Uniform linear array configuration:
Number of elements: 24
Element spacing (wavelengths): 0.5
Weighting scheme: hamming
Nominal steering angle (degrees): -30
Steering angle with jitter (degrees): -28.512
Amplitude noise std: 0.05
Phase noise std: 0.05

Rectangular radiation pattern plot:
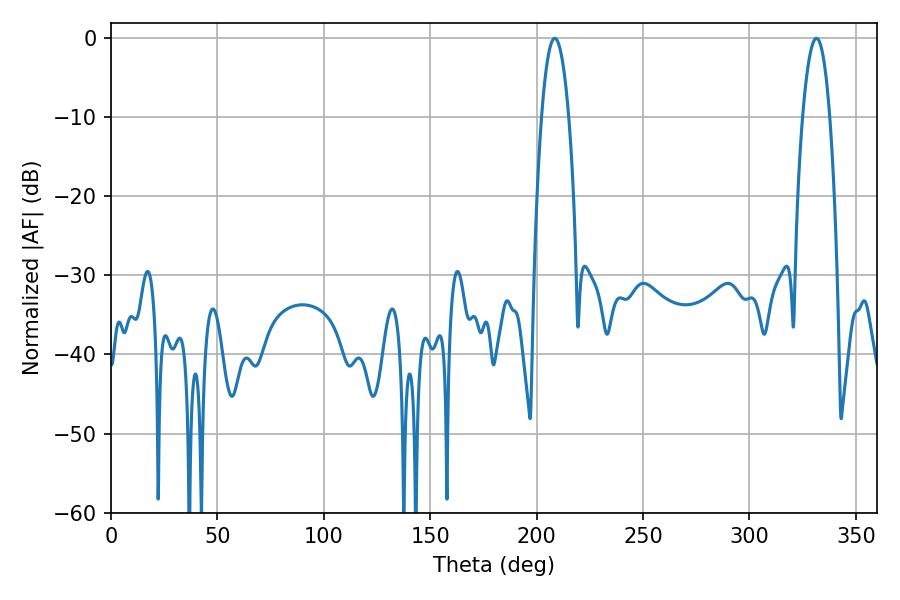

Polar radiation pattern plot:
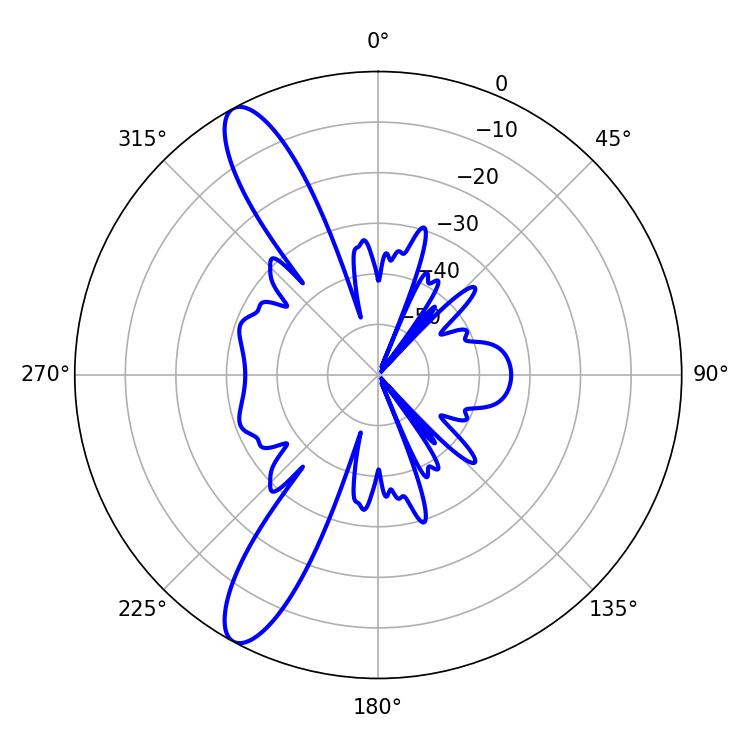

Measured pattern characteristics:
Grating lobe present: FALSE
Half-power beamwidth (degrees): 7.02
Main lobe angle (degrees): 208.44